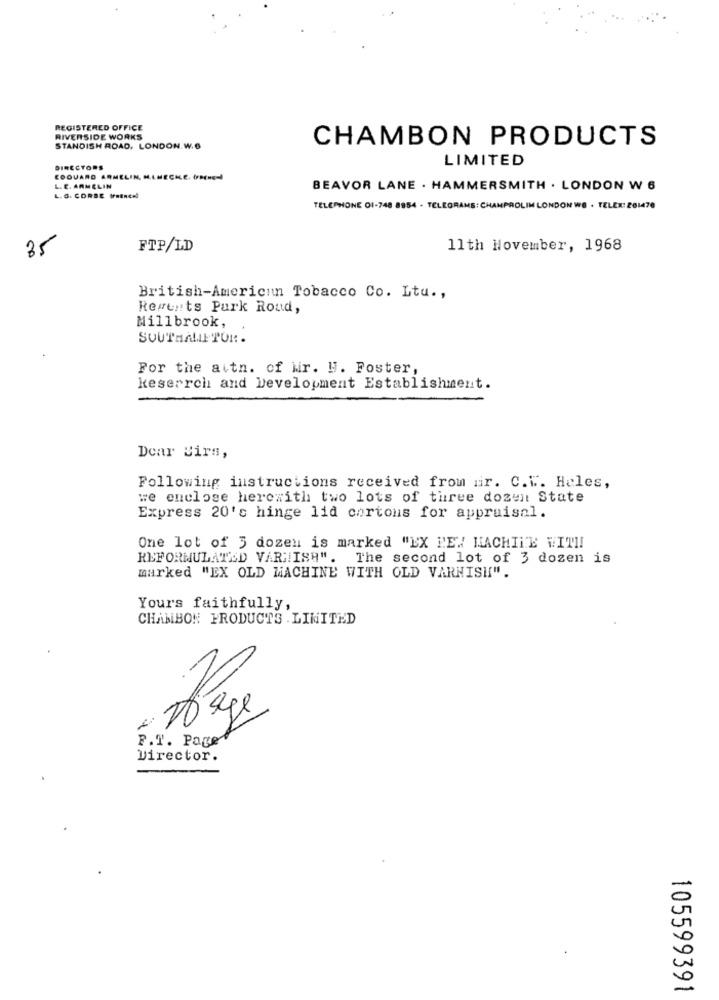
REGISTERED OFFICE
RIVERSIDE WORKS
CHAMBON PRODUCTS
STANDISH ROAD, LONDON. W.6
LIMITED
DIRECTORS
EDOUARD ARMELIN, M.LMECHE. OFME
L. C. ARMELIN
BEAVOR LANE . HAMMERSMITH . LONDON W 6
L. G. CORBE (retncel
TELEPHONE 01-748 8854 - TELEGRAMS: CHAMPROLIN LONDON WE . TELEX: 261470
35
FTP/LD
11th November, 1968
British-American Tobacco Co. Ltu .,
Regents Park Roud,
Millbrook,
SOUTHALLETUR .
For the aitn. of Mir. H. Foster,
keserrch and Development Establishment.
Dear Birs,
Following instructions received from mir. C.L. Heles,
we enclose hercwith two lots of three dozen State
Express 20's hinge lid cartons for appraisal.
One lot of 3 dozen is marked "EX PEN MACHINE WITH!
REFORMULATED VARNISH". The second lot of 3 dozen is
marked "EX OLD MACHINE WITH OLD VARNISH".
Yours faithfully,
CHAMBON PRODUCTS . LIMITED
P.T. Page
Director.
105599391